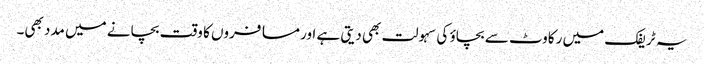
یہ ٹریفک میں رکاوٹ سے بچاؤ کی سہولت بھی دیتی ہے اور مسافروں کا وقت بچانے میں مدد بھی۔